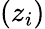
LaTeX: (z_{i})